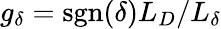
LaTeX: g_{\delta}=\mathrm{sgn}(\delta)L_{D}/L_{\delta}